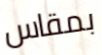
بمقاس